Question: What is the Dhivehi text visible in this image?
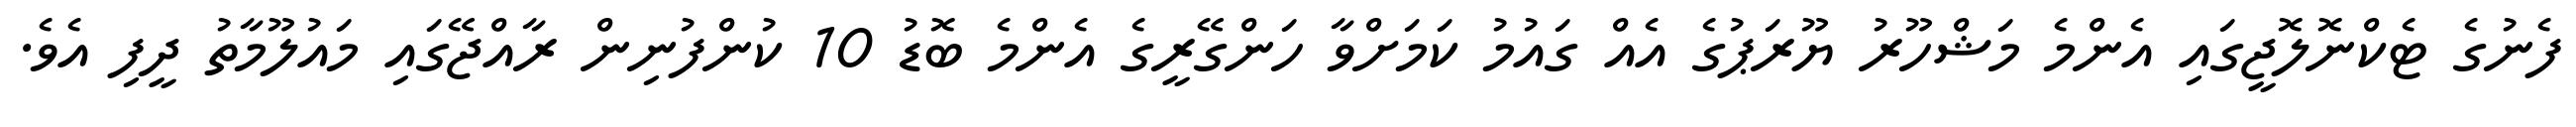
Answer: ފެނުގެ ޓެކްނޮލޮޖީގައި އެންމެ މަޝްހޫރު ޔޫރަޕުގެ އެއް ގައުމު ކަމަށްވާ ހަންގޭރީގެ އެންމެ ބޮޑު 10 ކުންފުނިން ރާއްޖޭގައި މައުލޫމާތު ދީފި އެވެ.